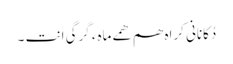
دُکانانی کِراہ ھم ھمے ماہءَ گِرگی اَنت ۔